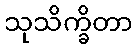
သုသိက္ခိတာ